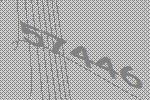
57446